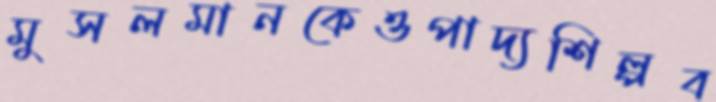
মুসলমানকেওপাদ্যশিল্পব